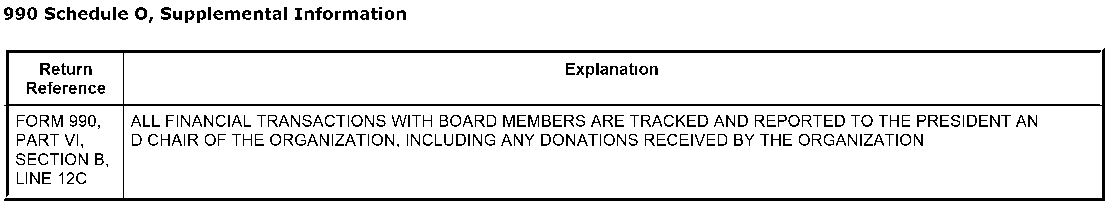
990 Schedule 0, Supplemental Information
 Return                            Explanation
 Reference
 FORM 990, ALL FINANCIAL TRANSACTIONS WITH BOARD MEMBERS ARE TRACKED AND REPORTED TO THE PRESIDENT AN
 PART VI, D CHAIR OF THE ORGANIZATION, INCLUDING ANY DONATIONS RECEIVED BY THE ORGANIZATION
 SECTION B,
 LlNE12C